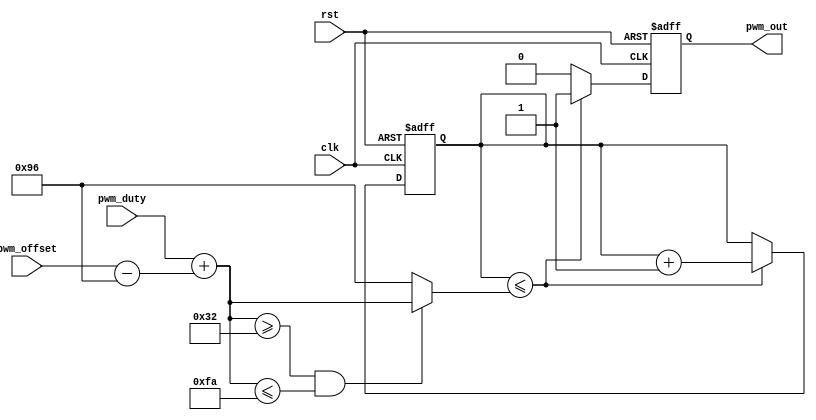
module pwm(clk,rst,pwm_duty,pwm_offset,pwm_out);
input clk;//->clock_100kHz
input rst;//->clock_50Hz,posedge trigger
input [7:0] pwm_duty;//Duty Cycle:50(0.5ms)-250(2.5ms)
input [7:0] pwm_offset;//Offset Correction Signal.It's point to the default position of servo
output pwm_out;//It's just the output wire signal,the signal in the always@ block is **pwm_buffer**

reg pwm_buffer;//it's a buffer of pwm signal.
reg [7:0] counter;

parameter [7:0] PWM_DEFAULT = 8'd150;
wire [7:0] duty_temp;
wire [7:0] duty_check;

assign duty_temp = pwm_duty + ( pwm_offset - PWM_DEFAULT );//Corrected Signal by pwm_offset
assign duty_check = ( duty_temp >= 50 && duty_temp <= 250) ? duty_temp : PWM_DEFAULT;//In case of duty cycle is out of range

always @ (posedge clk or posedge rst)
    if(rst)
        begin
            counter <= 0;
            pwm_buffer <= 1;
        end
    else
        begin
            if( counter <= duty_check )
                begin
                    pwm_buffer <= 1;
                    counter <= counter + 1;
                end
            else
                begin
                    pwm_buffer <= 0;
                    counter <= counter;//lock counter
                end
        end
        
    assign pwm_out = pwm_buffer;

endmodule